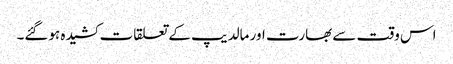
اس وقت سے بھارت اور مالدیپ کے تعلقات کشیدہ ہوگئے۔